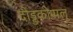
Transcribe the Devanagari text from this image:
दोड्डकोप्पलू